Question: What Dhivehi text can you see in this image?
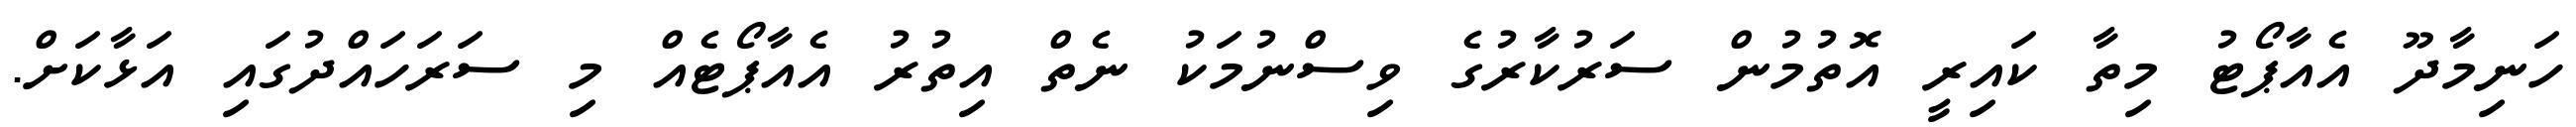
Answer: ހަނިމާދޫ އެއާޕޯޓު މިތާ ކައިރީ އޮތުމުން ސަރުކާރުގެ ވިސްނުމަކު ނެތް އިތުރު އެއާޕޯޓެއް މި ސަރަހައްދުގައި އަޅާކަށް.